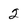
Character: 2